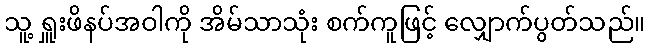
သူ့ ရှူးဖိနပ်အဝါကို အိမ်သာသုံး စက်ကူဖြင့် လျှောက်ပွတ်သည်။